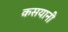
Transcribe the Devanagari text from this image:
कसयानी